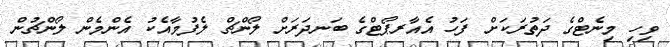
ވިހި މިނެޓްގެ ދަތުރަކަށް ފަހު އެއާރޕޯޓްގެ ބަނދަރަށް ލޯންޗް ލެފުމާއެކު އެންމެން ލޯންޗުން